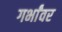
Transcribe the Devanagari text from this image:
गर्भांवर